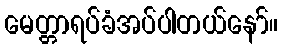
မေတ္တာရပ်ခံအပ်ပါတယ်နော်။